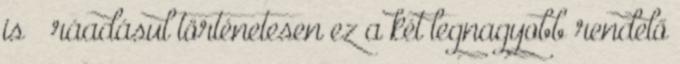
is – ráadásul történetesen ez a két legnagyobb rendelő